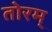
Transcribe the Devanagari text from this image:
तोरम्